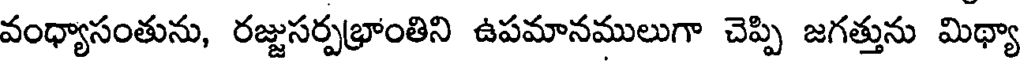
వంధ్యాసంతును, రజ్జుసర్పభ్రాంతిని ఉపమానములుగా చెప్పి జగత్తును మిథ్యా